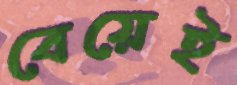
বেয়েই